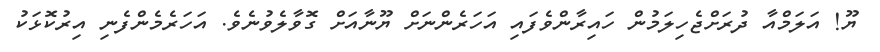
ޔޫ! އަލަމްއާ ދުރަށްޖެހިލަމުން ހައިރާންވެފައި އަހަރެންނަށް ޔޫނާއަށް ގޮވާލެވުނެވެ. އަހަރެމެންފެނި އިރުކޮޅަކު